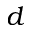
d